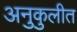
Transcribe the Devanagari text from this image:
अनुकुलीत